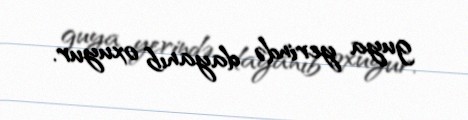
guya yerində dayanıb oxuyur.